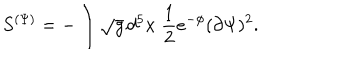
S ^ { ( \Psi ) } = - \int \sqrt { g } \, d ^ { 5 } x \; \frac { 1 } { 2 } e ^ { - \phi } ( \partial \Psi ) ^ { 2 } .